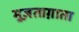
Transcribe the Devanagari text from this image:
मुज़ताग़ाता